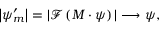
\left| \psi _ { m } ^ { \prime } \right| = | \mathcal { F } \left( M \cdot \psi \right) | \longrightarrow \psi ,